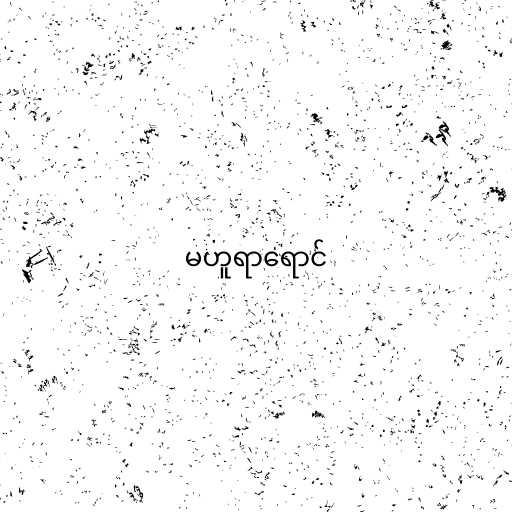
မဟူရာရောင်